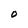
Character: O